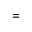
=